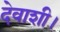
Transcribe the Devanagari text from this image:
देवाशी।